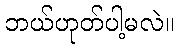
ဘယ်ဟုတ်ပါ့မလဲ။